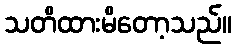
သတိထားမိတော့သည်။